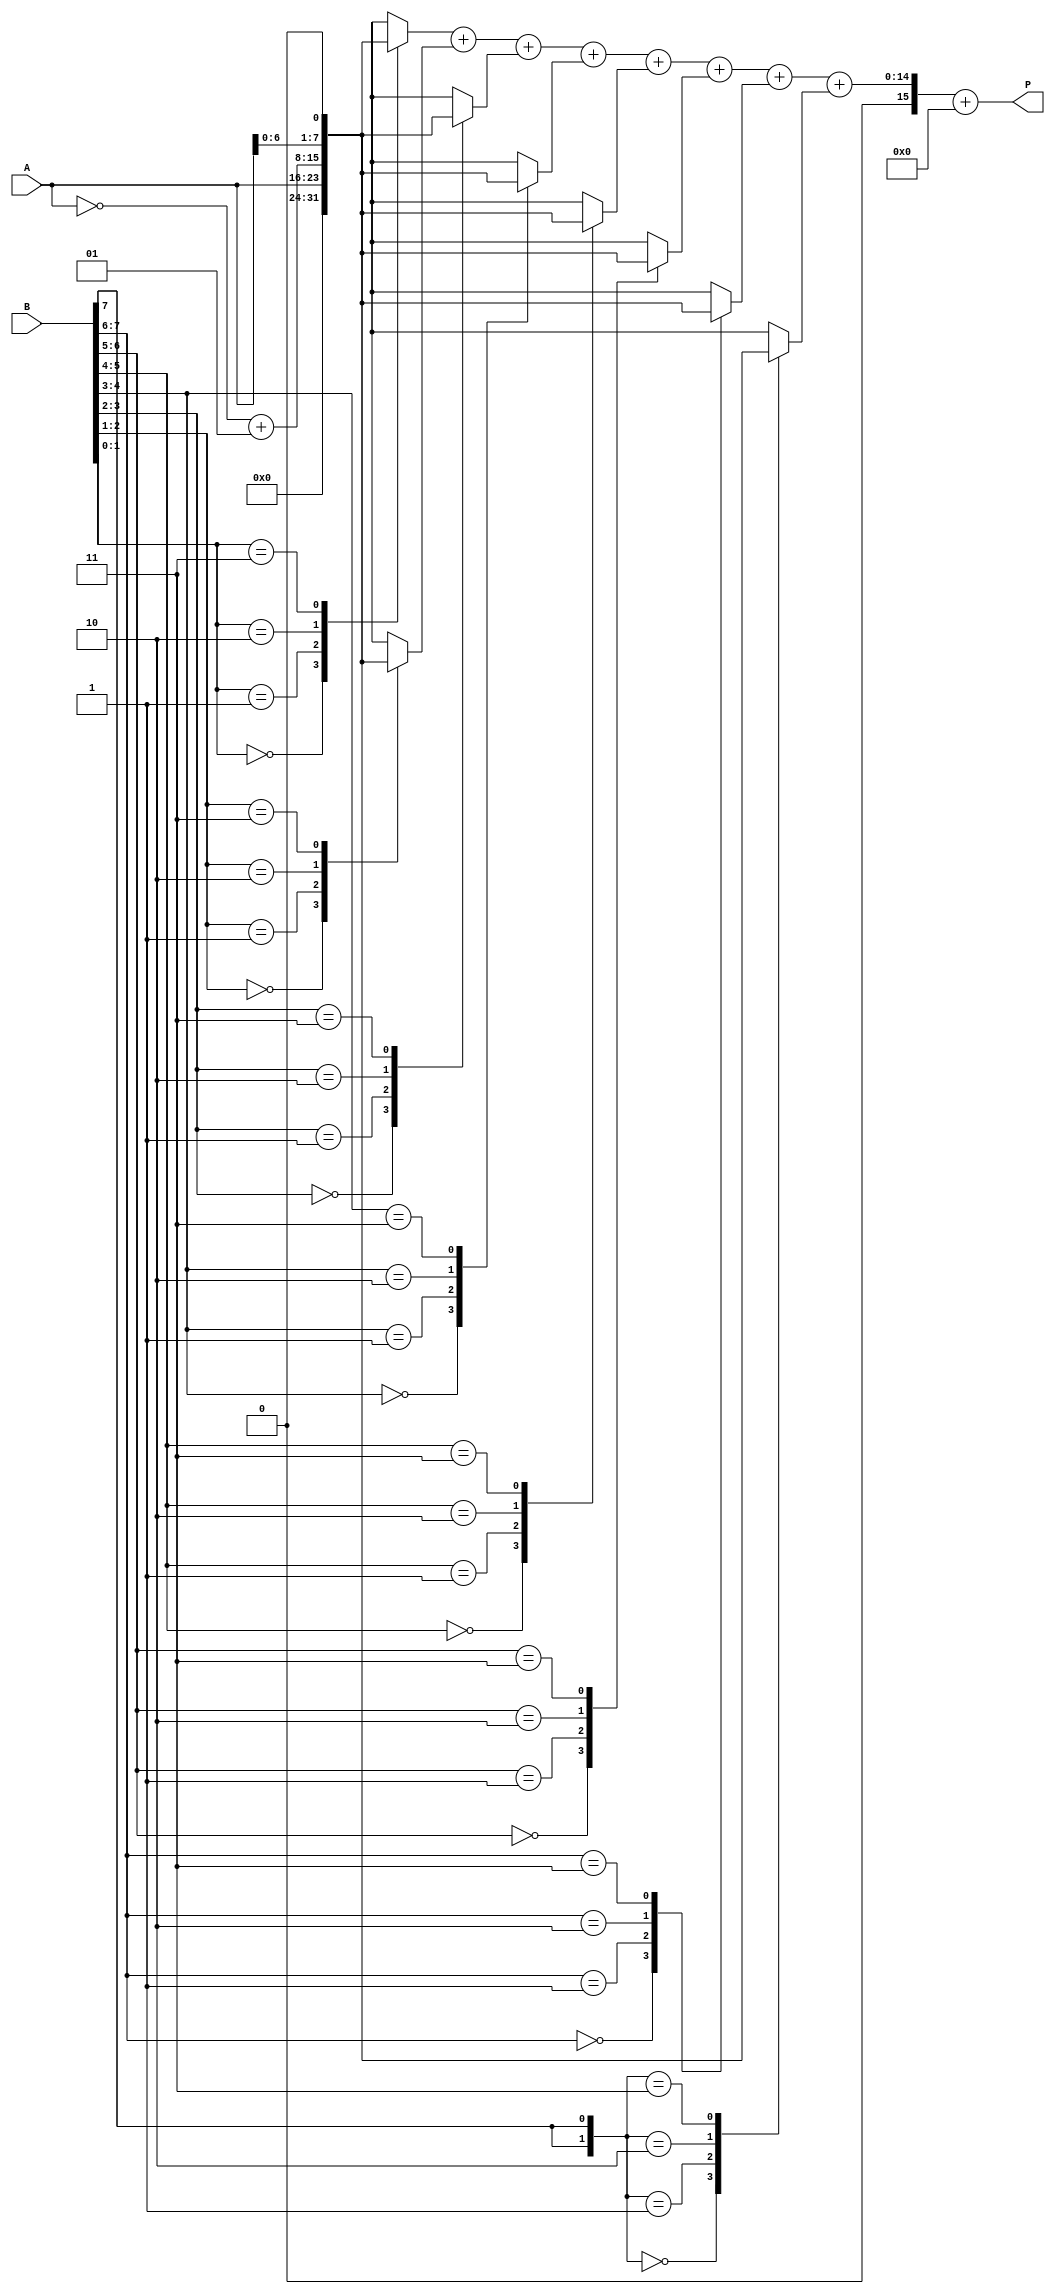
module booth_multiplier #(parameter WIDTH = 8) (
    input signed [WIDTH-1:0] A, // Multiplicand
    input signed [WIDTH-1:0] B, // Multiplier
    output signed [2*WIDTH-1:0] P // Product
);

    // Internal signals
    reg [WIDTH-1:0] partial_products [0:WIDTH]; // Array to hold partial products
    reg [WIDTH:0] B_reg; // Register for Booth's algorithm
    integer i;

    // Booth's encoding and partial product generation
    always @(*) begin
        // Initialize partial products to zero
        for (i = 0; i < WIDTH; i = i + 1) begin
            partial_products[i] = 0;
        end

        // Extend B for Booth's encoding
        B_reg = {B[WIDTH-1], B}; // Sign-extend B

        // Booth's encoding
        for (i = 0; i < WIDTH; i = i + 1) begin
            case (B_reg[i+1:i])
                2'b00: partial_products[i] = 0; // 0
                2'b01: partial_products[i] = A; // A
                2'b10: partial_products[i] = ~A + 1; // -A
                2'b11: partial_products[i] = A << 1; // 2A
            endcase
        end
    end

    // Wallace tree reduction
    wire [2*WIDTH-1:0] sum [0:WIDTH-1];
    wire [2*WIDTH-1:0] carry [0:WIDTH-1];

    // Initial partial product addition
    assign sum[0] = partial_products[0];
    assign carry[0] = 0;

    // Wallace tree reduction logic
    generate
        genvar j;
        for (j = 0; j < WIDTH-1; j = j + 1) begin : reduction
            assign {carry[j+1], sum[j+1]} = sum[j] + partial_products[j+1];
        end
    endgenerate

    // Final addition of the last two sums
    assign P = sum[WIDTH-1] + carry[WIDTH-1];

endmodule